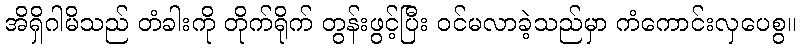
အိရှိဂါမိသည် တံခါးကို တိုက်ရိုက် တွန်းဖွင့်ပြီး ဝင်မလာခဲ့သည်မှာ ကံကောင်းလှပေစွ။